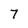
Character: 7